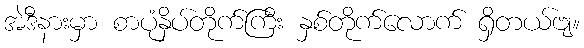
အဲဒီနားမှာ စာပုံနှိပ်တိုက်ကြီး နှစ်တိုက်လောက် ရှိတယ်ဗျ။